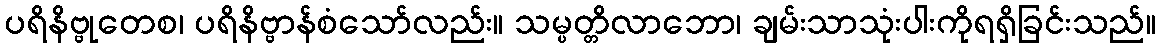
ပရိနိဗ္ဗုတေစ၊ ပရိနိဗ္ဗာန်စံသော်လည်း။ သမ္ပတ္တိလာဘော၊ ချမ်းသာသုံးပါးကိုရရှိခြင်းသည်။